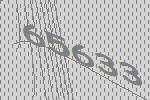
65633